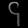
Digit: ၄